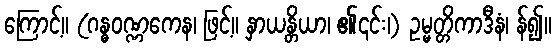
ကြောင့်။ (ဂန္ဓဝဏ္ဏကေန၊ ဖြင့်။ နှာယန္တိယာ၊ ၏၎င်း၊) ဥမ္မတ္တိကာဒီနံ၊ န်၍။